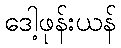
ဒေါ့ဖုန်းယန်